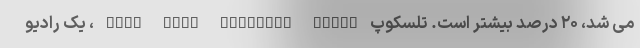
می شد، ۲۰ درصد بیشتر است. تلسکوپ Very Long Baseline Array ، یک رادیو